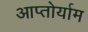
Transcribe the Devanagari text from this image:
आप्‍तोर्याम